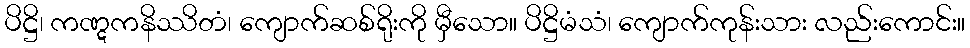
ပိဋ္ဌိ၊ ကဏ္ဋကနိဿိတံ၊ ကျောက်ဆစ်ရိုးကို မှီသော။ ပိဋ္ဌိမံသံ၊ ကျောက်ကုန်းသား လည်းကောင်း။